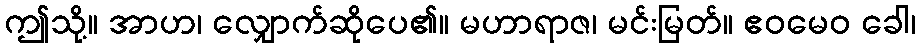
ဤသို့။ အာဟ၊ လျှောက်ဆိုပေ၏။ မဟာရာဇ၊ မင်းမြတ်။ ဧဝမေဝ ခေါ၊